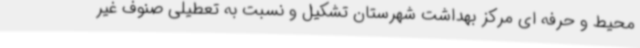
محیط و حرفه ای مرکز بهداشت شهرستان تشکیل و نسبت به تعطیلی صنوف غیر